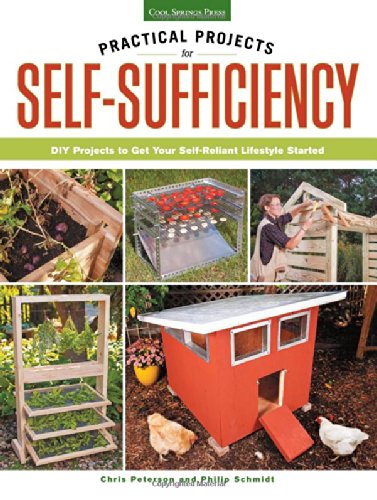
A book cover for Practical Projects for Self-Sufficiency: DIY Projects to Get Your Self-Reliant Lifestyle Started; Chris Peterson; Crafts, Hobbies & Home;